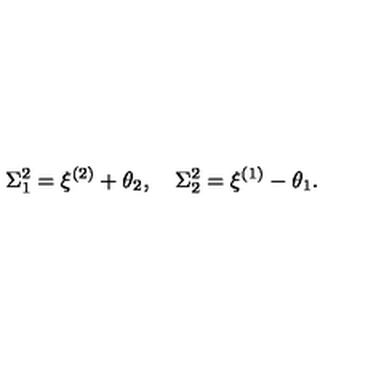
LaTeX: \Sigma _ { 1 } ^ { 2 } = \xi ^ { ( 2 ) } + \theta _ { 2 } , \quad \Sigma _ { 2 } ^ { 2 } = \xi ^ { ( 1 ) } - \theta _ { 1 } .